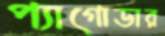
প্যাগোডার